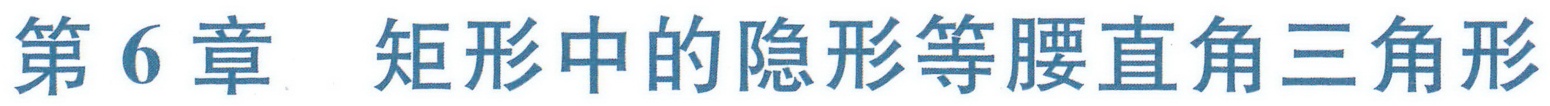
第6章 矩形中的隐形等腰直角三角形